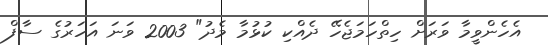
އެހެންވީމާ ވަރަށް ހިތްހަމަޖެހޭ ދެއްކި ކުޅުމާ މެދު" 2003 ވަނަ އަހަރުގެ ސާފް